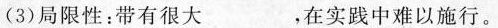
(3)局限性：带有很大__，在实践中难以施行。